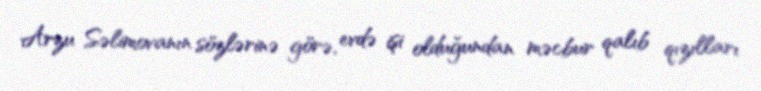
Arzu Səlimovanın sözlərinə görə, evdə işi olduğundan məcbur qalıb qızılları